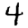
Digit: 4